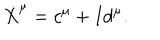
LaTeX: \dot { X } ^ { \mu } = c ^ { \mu } + I d ^ { \mu } .